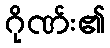
ဂိုဏ်း၏